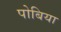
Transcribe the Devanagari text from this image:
पोबिया